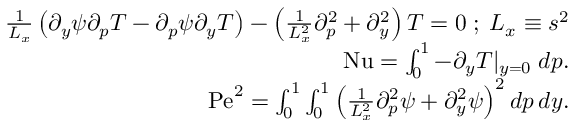
\begin{array} { r } { \frac { 1 } { L _ { x } } \left( \partial _ { y } \psi \partial _ { p } T - \partial _ { p } \psi \partial _ { y } T \right) - \left( \frac { 1 } { L _ { x } ^ { 2 } } \partial _ { p } ^ { 2 } + \partial _ { y } ^ { 2 } \right) T = 0 \; ; \; L _ { x } \equiv s ^ { 2 } } \\ { \mathrm { N u } = \int _ { 0 } ^ { 1 } - \partial _ { y } T | _ { y = 0 } \; d p . } \\ { \mathrm { P e } ^ { 2 } = \int _ { 0 } ^ { 1 } \int _ { 0 } ^ { 1 } \left( \frac { 1 } { L _ { x } ^ { 2 } } \partial _ { p } ^ { 2 } \psi + \partial _ { y } ^ { 2 } \psi \right) ^ { 2 } d p \, d y . } \end{array}